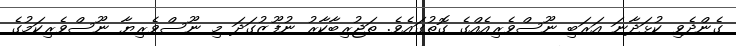
ގެންދެވި ކުޅަދާނަ އަރަބި ނޫސްވެރިއެއްގެ ގޮތުގައެވެ. ތަޖުރިބާކާރު ނުފޫޒުގަދަ މި ނޫސްވެރިޔާ ނޫސްވެރިކަމުގެ